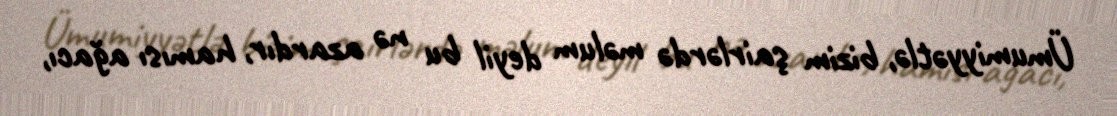
Ümumiyyətlə, bizim şairlərdə məlum deyil bu nə azardır, hamısı ağacı,